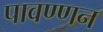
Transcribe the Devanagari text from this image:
पावण्णन